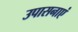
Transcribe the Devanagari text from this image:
उपासनाएं